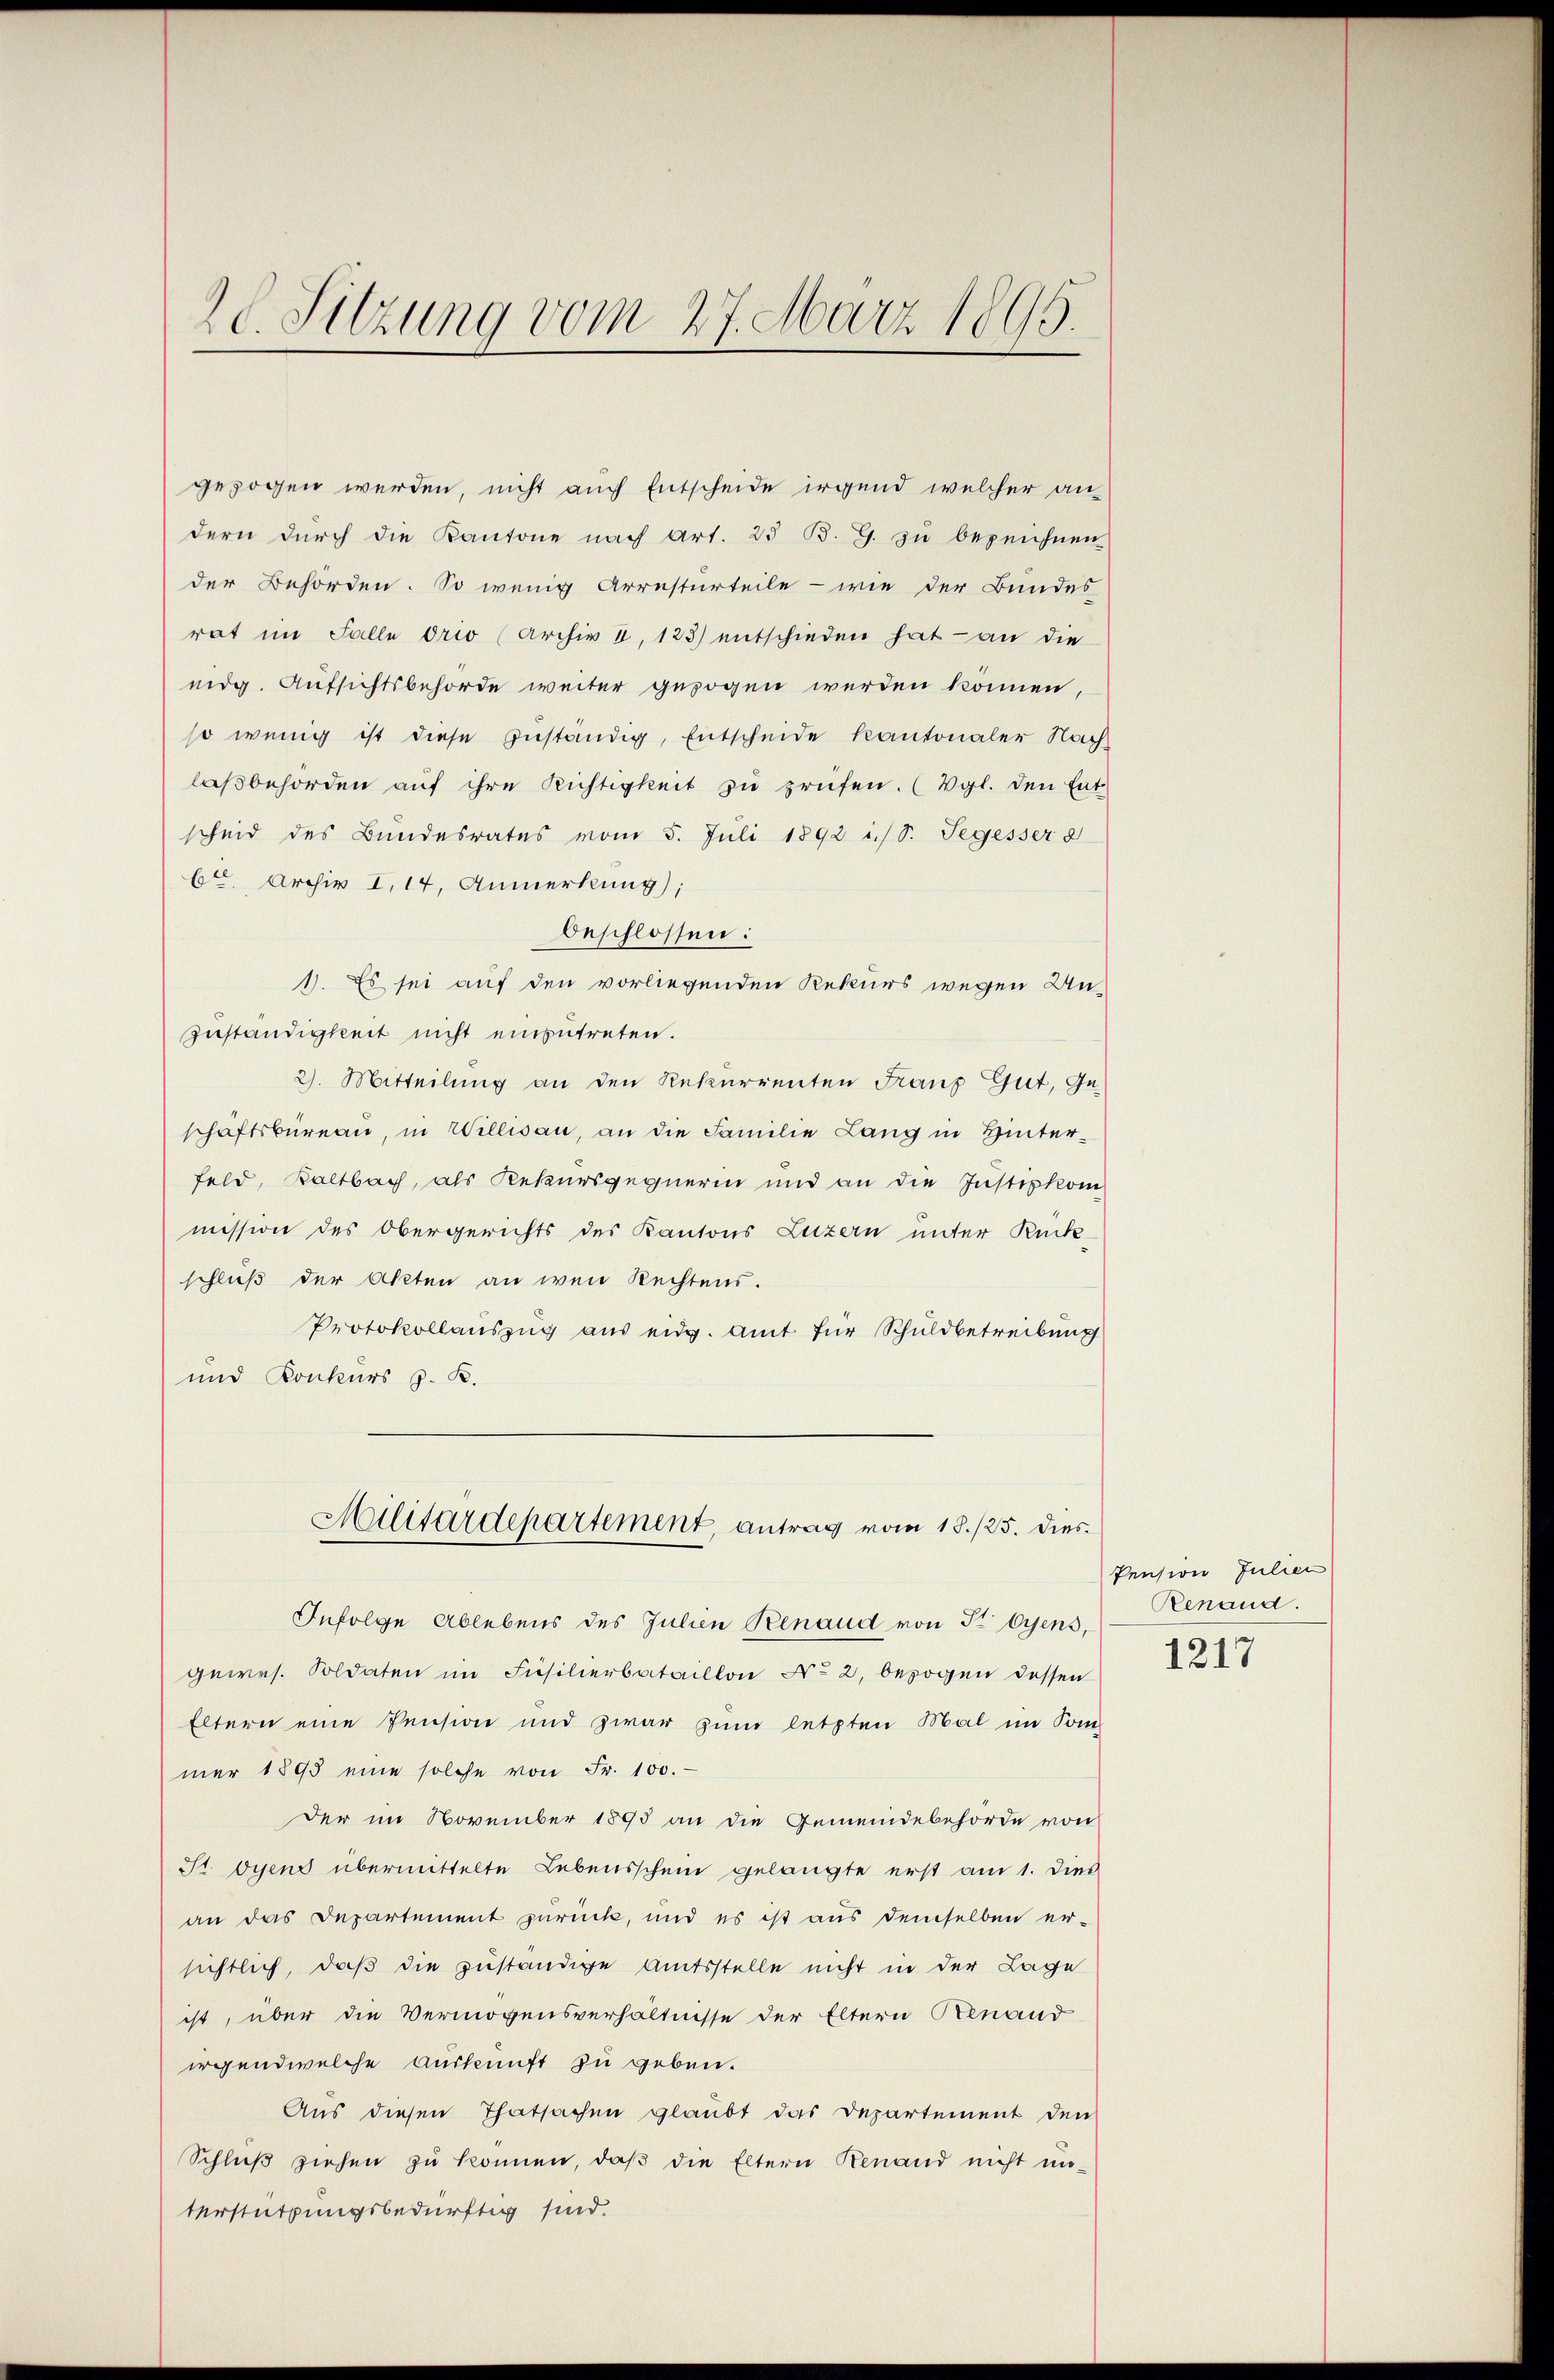
2l Sitzung vom 27. März 1895.

gezogen werden, nicht auch Entscheide irgend welcher an-
dern durch die Kantone nach Art. 25 B. G. zu bezeichnen
der Behörden. So wenig Arresturteile - wie der Bundes
rat im Falle drio (Archiv u, 123) entschieden hat an die
eidg. Aufsichtsbehörde weiter gezogen werden können,
so wenig ist diese Zuständig, Entscheide Kantonaler Hag
laβbehörden aŭf ihre Richtigkeit zu prüfen. (Vgl. den Ent
scheid des Bundesrates vom 5. Juli 1892 i. S. Segesser d
bt. Archiv I,17, Anmerkung),
beschlossen:
1. Es sei auf den vorliegenden Rekurs wegen Un¬
Zuständigkeit nicht einzutreten.
2). Mitteilung an den Rekurrenten Franz Gut, Ge-
schaftsbüreau, in Willisau, an die Familie Lang in Hinterfeld, Kaltbach, als Rekursgegnerin und an die Justizkommission des Obergerichts des Kantons Luzern unter Rücke
schluß der Akten an wen Rechtens.
Protokollauszug aus eidg. Amt für Schuldbetreibung
und Konkurs J. K.
Militärdepartement, antrag vom 18./25. dies
Infolge Ablebens des Julien Benaud von Fr Cyens,
gewes. Soldaten im Füsilierbataillon No 2. bezogen dessen
Eltern eine Pension und zwar zum letzten Mal im Son
mer 1895 eine solche von Fr. 100.
Der im November 1895 an die Gemeindebehörde von
St. Oyens übermittelte Lebensschein gelangte erst am 1. dies
an das Departement zurück, und es ist aus demselben er-
sichtlich, daß die zuständige Amtsstelle nicht in der Lage
ist, über die Vermögensverhältnisse der Eltern Benand
irgendwelche Auskunft zu geben.
Aus diesen Thatsachen glaubt das Departement den
Schluβ ziehen zŭ können, daβ die Eltern Renand nicht un-
terstützungsbedürftig sind.

Pension Julier
Renaud.

1217